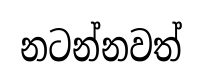
නටන්නවත්